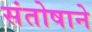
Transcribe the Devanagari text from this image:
संतोषाने